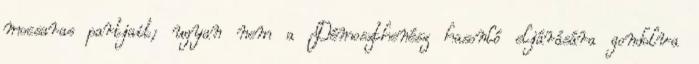
mocsaras partjait; ugyan nem a Démoszthenész hasonló eljárására gondolva